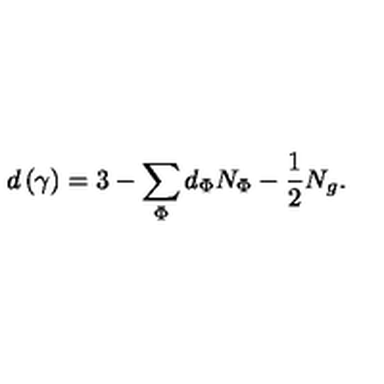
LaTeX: d \left( \gamma \right) = 3 - \sum _ { \Phi } d _ { \Phi } N _ { \Phi } - \frac 1 2 N _ { g } .